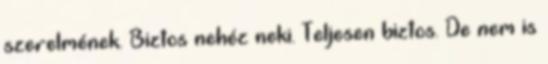
szerelmének. Biztos nehéz neki. Teljesen biztos. De nem is